Civil Veterinary Dept. North-West Frontier Province 1933-46 - 1933-1946
Year: 1933
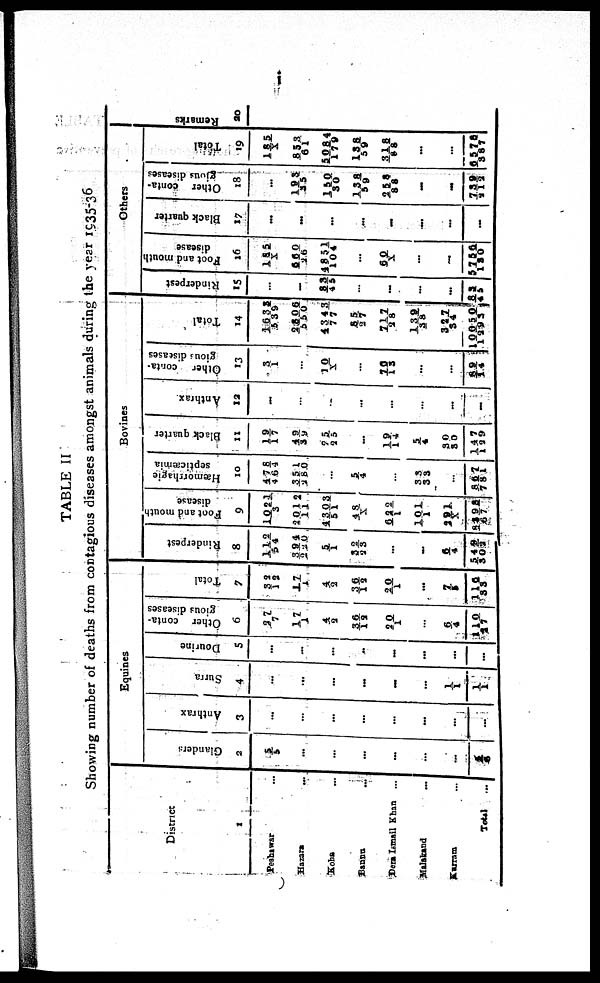
i
TABLE II
Showing number of deaths from contagious diseases amongst animals during the year 1935-36
District
1
Peshawar ...
Hazara ...
Koha ...
Bannu ...
Dera Ismail Khan ...
Malakand ...
Karram
...
Total ...
Equines
Glanders
2
5/5
...
...
...
...
...
...
5/5
Anthrax
3
...
...
...
...
...
...
...
...
Surra
4
...
...
...
...
...
...
1/1
1/1
Dourine
5
...
...
...
...
...
...
...
...
Other conta-
gious diseases
6
27/7
17/ 1
4/2
36/12
20/1
6/ 4
110/ 27
Total
7
32/12
17/1
4/2
36/13
20/1
...
6/5
110/ 33
Bovines
Rinderpest
8
112/54
394/220
5/1
32/23
...
6/4
8398/67
Foot and mouth
disease
9
1021/3
2012/11
4303/51
43/X
622/1
101/1
291
8398/67
Hæmorrhapic
septicæmia
10
478/464
351/283
...
5/4
...
33/33
...
867/781
Black quarter
11
19/17
49/39
25/25
...
19/14
5/4
30/30
147/129
Anthrax
12
...
...
...
...
...
...
...
...
Other conta-
gious diseases
13
3/ 1
...
10/X
...
70/13
...
...
89/14
Total
14
1632/539
2506/550
4343/77
85/27
717/28
139/38
327/ 34
10050/1293
Others
Rinderpest
15
...
...
83/45
...
...
...
...
83/43
Foot and mouth
disease
16
155/X
26
4851/104
...
60/X
...
...
5756/130
Black quarter
17
...
...
...
...
...
...
...
...
Other conta-
gious diseases
18
...
193/35
150/30
138/59
25888
...
...
739/212
Total
19
185/x
853/61
5084/179
138/59
318/88
...
...
6578/387
Remarks
20